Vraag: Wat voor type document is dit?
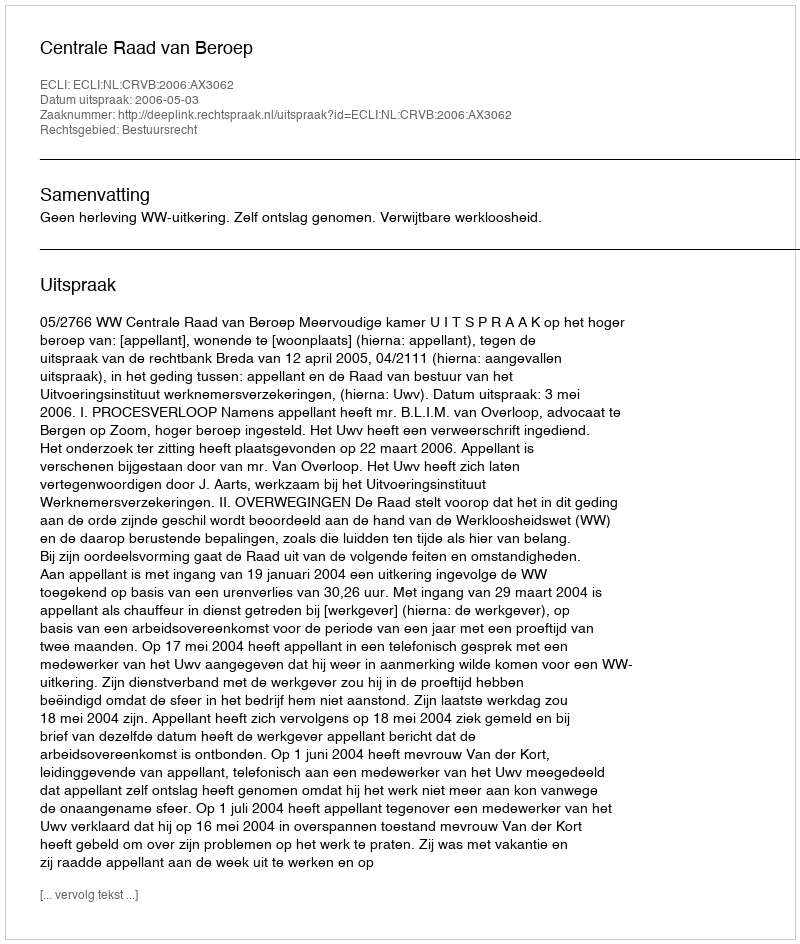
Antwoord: Uitspraak